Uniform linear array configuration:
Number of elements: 48
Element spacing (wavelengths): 0.25
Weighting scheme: exponential
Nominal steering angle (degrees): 60
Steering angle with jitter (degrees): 61.453
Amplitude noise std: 0.05
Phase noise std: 0.05

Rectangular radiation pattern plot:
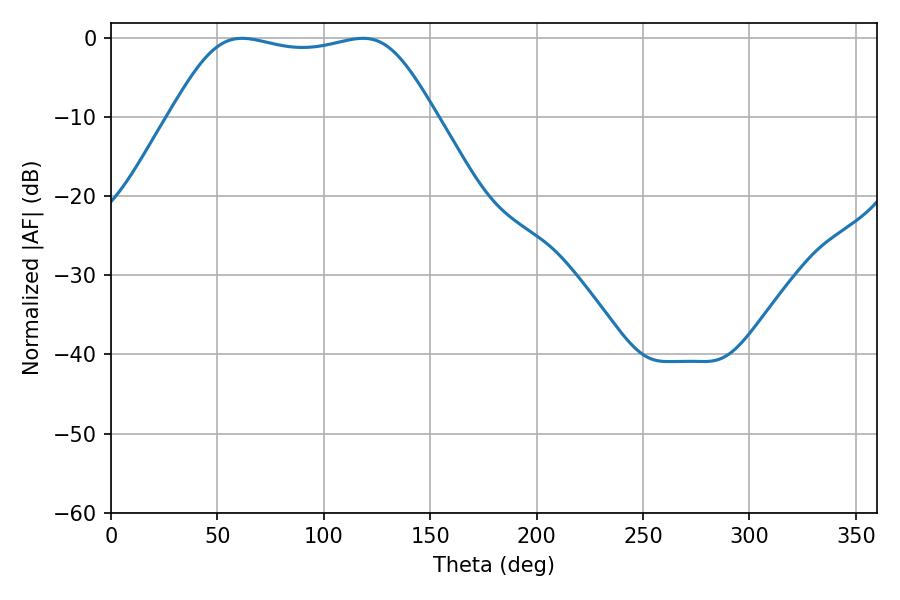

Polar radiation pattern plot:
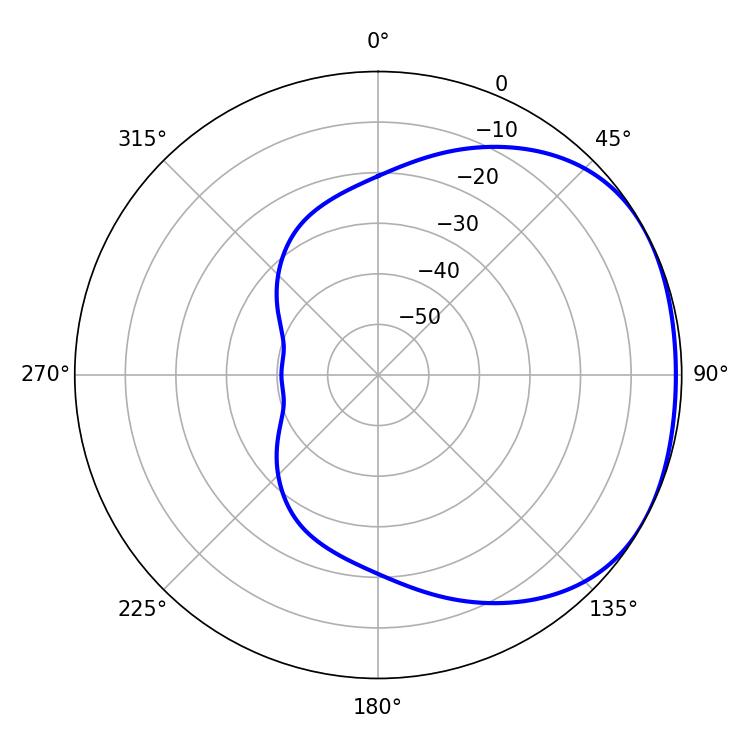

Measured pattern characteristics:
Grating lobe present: FALSE
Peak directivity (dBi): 1.689
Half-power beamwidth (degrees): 94.68
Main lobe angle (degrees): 61.56